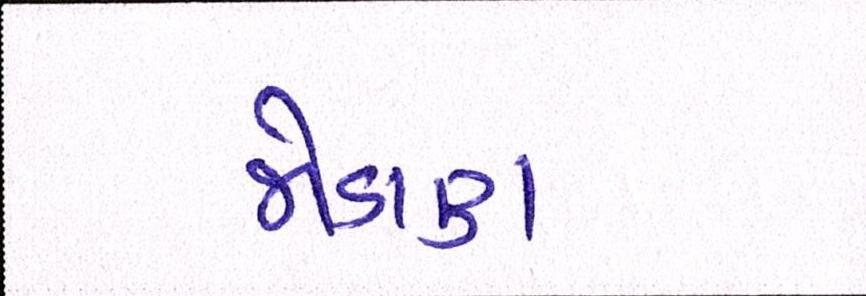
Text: જોડાણ